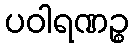
ပဝါရဏဉ္စ